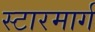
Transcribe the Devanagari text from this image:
स्टारमार्ग